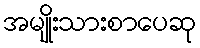
အမျိုးသားစာပေဆု